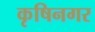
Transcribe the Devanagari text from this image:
कृषिनगर